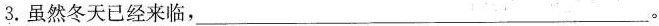
3.虽然冬天已经来临，___。